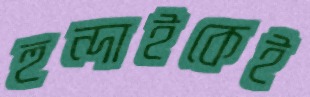
হুন্দাইকেই